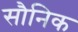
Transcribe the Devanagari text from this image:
सौनिक